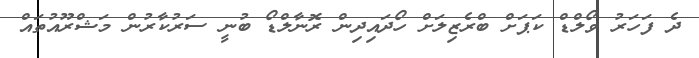
ދެ ފަހަރު ވޯލްޑް ކަޕަށް ބްރެޒިލަށް ހޯދައިދިން ރޮނާލްޑޯ ބުނީ ސަރުކާރުން މަޝްރޫއުތައް